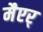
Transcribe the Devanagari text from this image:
मैएर्